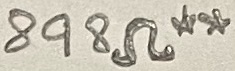
Text: 898Ω**